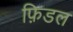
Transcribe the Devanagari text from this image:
फ़िडल